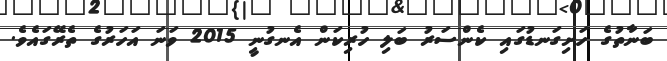
ބަނާތުގެ ހަށިގަނޑުގައި ކެންސަރު ބަލި ހުރިކަން އެނގުނީ 2015 ވަނަ އަހަރުގެ ތެރޭގައެވެ.